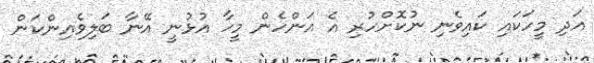
އަދި މީހަކައި ކައިވެނި ނުކޮށްހުރި އެ އަންހެން މީހާ އުޅުނީ އޭނާ ބަލިވެއިންކަން